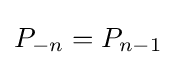
P_{{-}n}=P_{n{-}1}